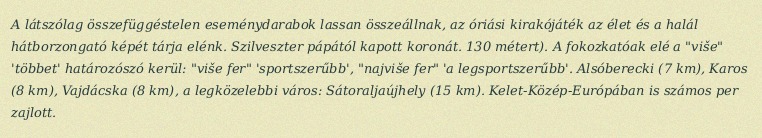
A látszólag összefüggéstelen eseménydarabok lassan összeállnak, az óriási kirakójáték az élet és a halál hátborzongató képét tárja elénk. Szilveszter pápától kapott koronát. 130 métert). A fokozkatóak elé a "više" 'többet' határozószó kerül: "više fer" 'sportszerűbb', "najviše fer" 'a legsportszerűbb'. Alsóberecki (7 km), Karos (8 km), Vajdácska (8 km), a legközelebbi város: Sátoraljaújhely (15 km). Kelet-Közép-Európában is számos per zajlott.